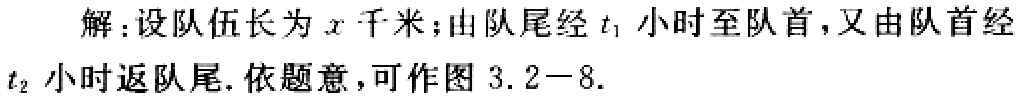
解：设队伍长为\(x\)千米；由队尾经\(t_1\)小时至队首，又由队首经\(t_2\)小时返队尾. 依题意，可作图 3.2 - 8.